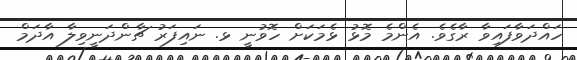
ހައްދަވާފައިވާ ރާގެވެ. އެންމެ މޮޅު ޅެމަކަށް ހޮވުނީ ޅ. ނައިފަރު ޗާންދަނީވިލާ އާދަމް